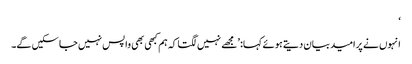
‘
انہوں نے پرامید بیان دیتے ہوئے کہا: ’مجھے نہیں لگتا کہ ہم کبھی بھی واپس نہیں جا سکیں گے۔